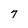
Character: 7